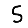
Digit: 5